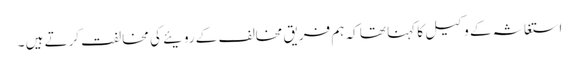
استغاثہ کے وکیل کا کہنا تھا کہ ہم فریق مخالف کے رویئے کی مخالفت کرتے ہیں ۔